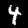
Label: 4